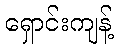
ရှောင်းကျန့်